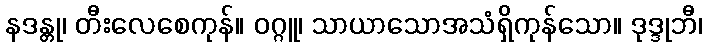
နဒန္တု၊ တီးလေစေကုန်။ ဝဂ္ဂူ၊ သာယာသောအသံရှိကုန်သော။ ဒုဒ္ဒုဘီ၊